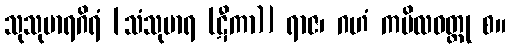
သုသုမာရဂိရံ [သံသုမာရ (ဋီကာ)] ရာဇ၊ ဂဟံ ကပိလဝတ္ထု စ။